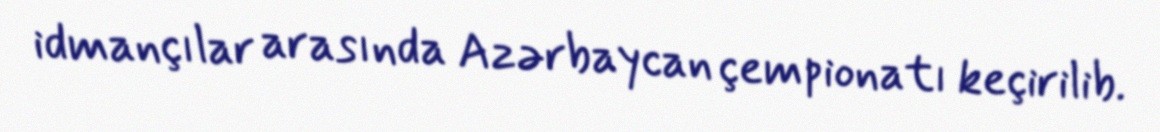
idmançılar arasında Azərbaycan çempionatı keçirilib.